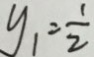
y _ { 1 } = \frac { 1 } { 2 }